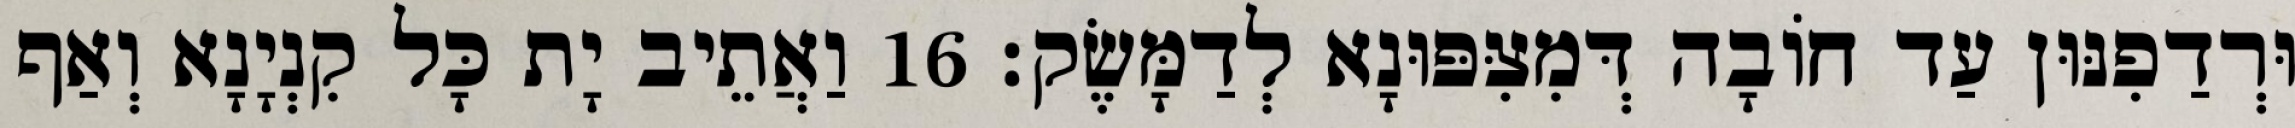
וּרְדַפִנּוּן עַד חוֹבָה דְּמִצִּפּוּנָא לְדַמָּשֶׂק׃ 16 וַאֲתֵיב יָת כָּל קִנְיָנָא וְאַף